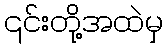
၎င်းတို့အထဲမှ